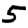
Digit: 5